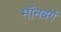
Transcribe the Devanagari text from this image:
मॉनबर्ग